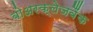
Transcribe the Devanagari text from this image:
बोअरक्लेजबैंक